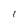
Character: I